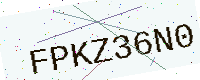
Text: FPKZ36N0